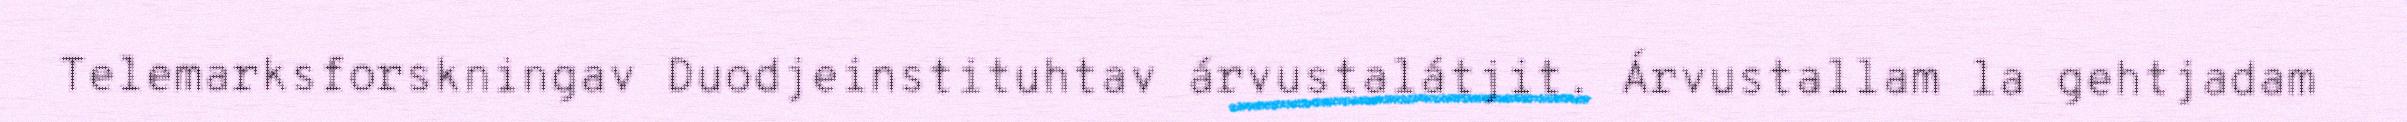
Telemarksforskningav Duodjeinstituhtav árvustalátjit. Árvustallam la gehtjadam